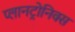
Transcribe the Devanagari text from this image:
प्लानट्रोनिक्स